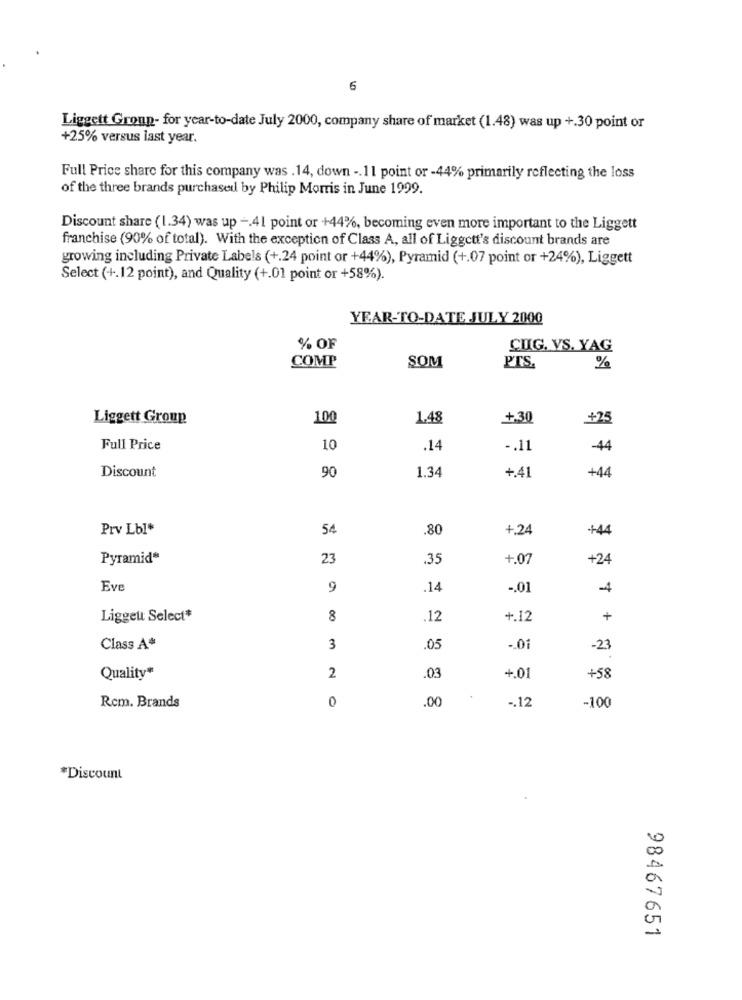
6
Liggett Group- for year-to-date July 2000, company share of market (1.48) was up +.30 point or
+25% versus last year.
Full Price share for this company was . 14, down -. 11 point or -44% primarily reflecting the loss
of the three brands purchased by Philip Morris in June 1999.
Discount share (1.34) was up -. 41 point or +44%, becoming even more important to the Liggett
franchise (90% of total). With the exception of Class A, all of Liggett's discount brands are
growing including Private Labels (+.24 point or +44%), Pyramid (+.07 point or +24%), Liggett
Select (+.12 point), and Quality (+.01 point or +58%).
YEAR-TO-DATE JULY 2000
% OF
CUIG. VS. YAG
COMP
SOM
PTS
%
Liggett Group
100
1.48
+30
+25
Full Price
10
.14
-. 11
-44
90
1.34
+.41
+44
Discount
Prv Lbl*
54
.80
+.24
+44
Pyramid*
23
.35
+.07
+24
Eve
9
.14
-. 01
-4
Liggett Select*
8
12
+.12
+
Class A*
3
.05
-. 01
-23
Quality*
2
.03
+.01
+58
0
.00
-. 12
Rcm. Brands
-100
*Discount
98467651